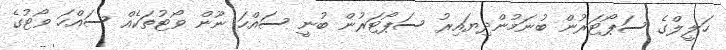
ހަލީލްގެ ސަޕޯޓަރުން ބުނަމުންދިޔައިރު ސަޕޯޓަރުން ބުނީ ސައްހަ ނޫން ވޯޓުތަކެއް ސައްހަ ވޯޓުގެ